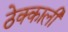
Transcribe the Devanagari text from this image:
ठेक्काली